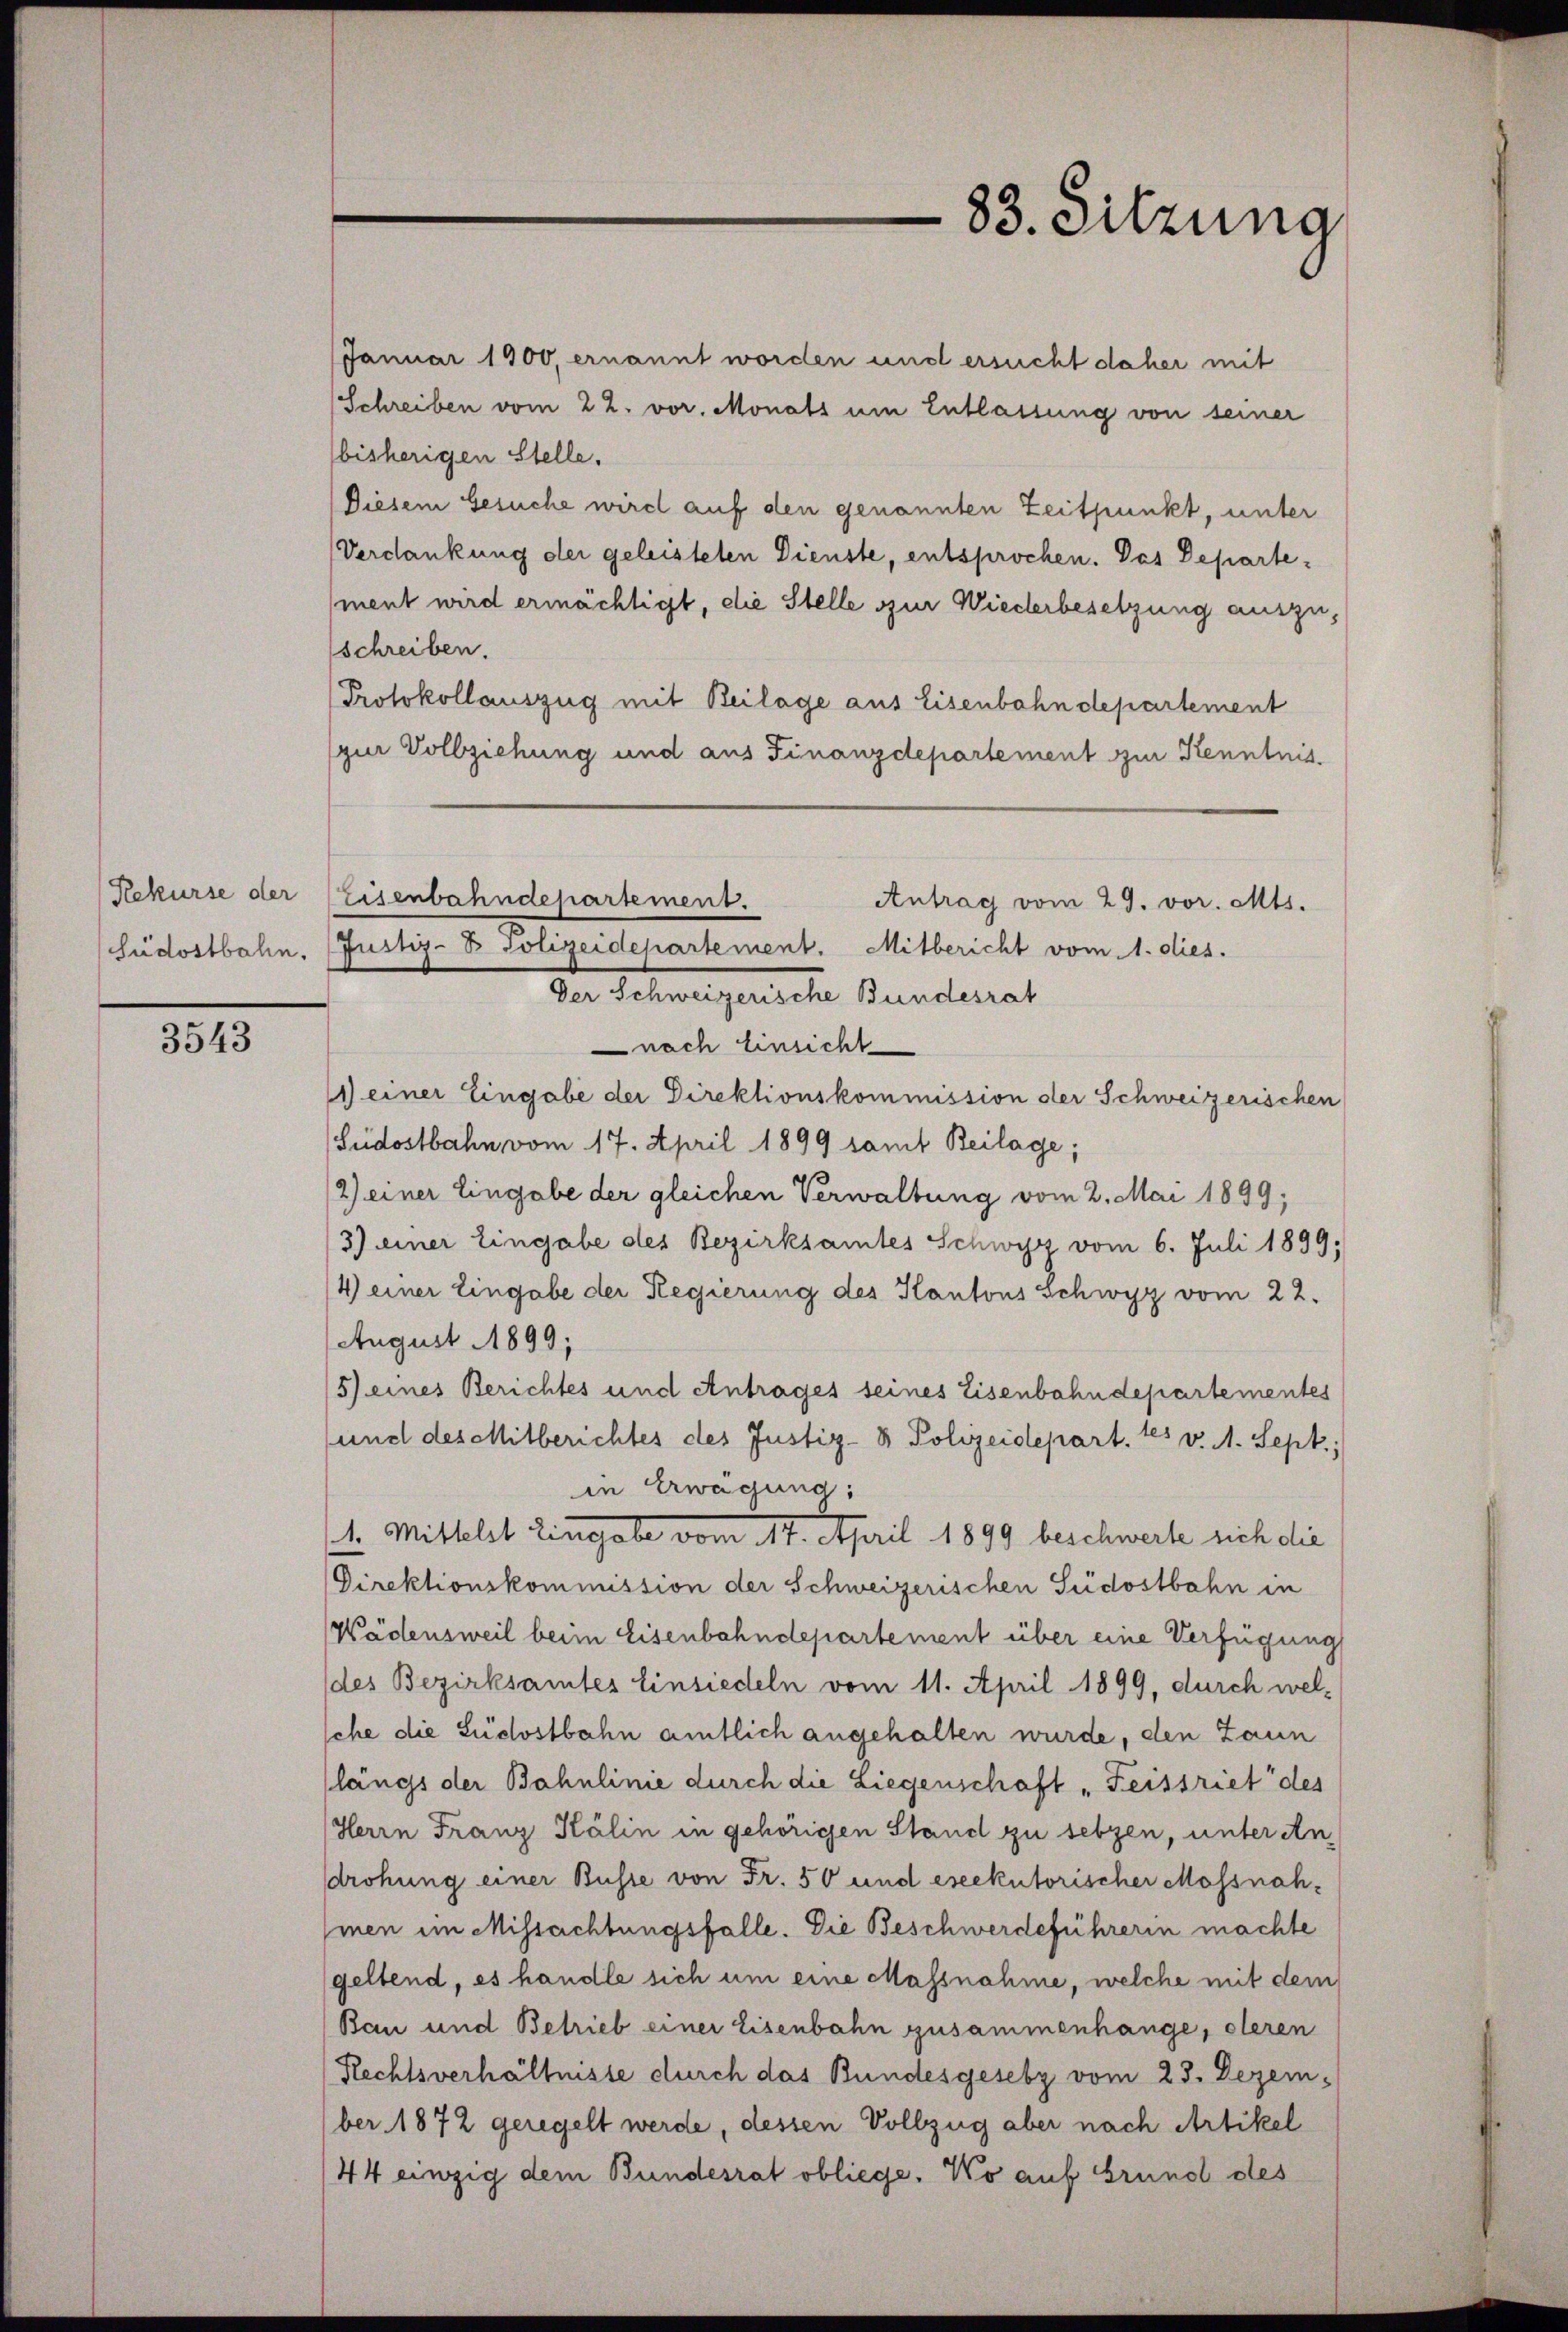
Rekurse der

3543

Januar 1900, ernannt worden und ersucht daher mit
Schreiben vom 22. vor. Monats um Entlassung von seiner
bisherigen Stelle.
Diesem Gesuche wird auf den genannten Zeitpunkt, unter
Verdankung der geleisteten Dienste, entsprochen. Das Departe¬
(ment wird ermächtigt, die Stelle zur Wiederbesetzung auszuschreiben.
Protokollauszug mit Beilage aus Eisenbahndepartement
(zur Vollziehung und aus Finanzdepartement zur Kenntnis¬
Der Schweizerische Bundesrat
nach Einsicht
1) einer Eingabe der Direktionskommission der Schweizerischen
Südostbahn vom 17. April 1899 samt Beilage;
/2) einer Eingabe der gleichen Verwaltung vom 2. Mai 1899;
3) einer Eingabe des Bezirksamtes Schwyz vom 6. Juli 1899,
4) einer Eingabe der Regierung des Kantons Schwyz vom 22.
August 1899;
5) eines Berichtes und Antrages seines Eisenbahndepartementes
und des Mitberichtes des Justiz- & Polizeidepart. 15 v. M. Sept.,
in Erwägung:
4. Mittelst Eingabe vom 14. April 1899 beschwerte sich die
Direktionskommission der Schweizerischen Südostbahn in
Wädensweil beim Eisenbahndepartement über eine Verfügung
des Bezirksamtes Einsiedeln vom 11. April 1899, durch wel-
che die Südostbahn amtlich angehalten wurde, den Zaun
längs der Bahnlinie durch die Liegenschaft „Feissriet des
Herrn Franz Kälin in gehörigen Stand zu setzen, unter An
drohung einer Busse von Fr. 50 und eseekutorischer Massnahhmen im Missachtungsfalle. Die Beschwerdeführerin machte
geltend, es handle sich um eine Massnahme, welche mit dem
Bau und Betrieb einer Eisenbahn zusammenhänge, oberen
Rechtsverhältnisse durch das Bundesgesetz vom 23. Dezem-
ber 1872 geregelt werde, dessen Vollzug aber nach Artikel
44 einzig dem Bundesrat obliege. Wo auf Grund des

Eisenbahndepartement.
Antrag vom 29. vor. Mts.
Südostbahn. Justiz- & Polizeidepartement. Mitbericht vom 1. dies.

83. Sitzung